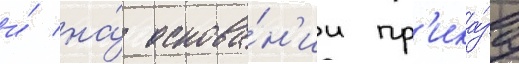
и́ на́ основа́н'ии пр'ика́за